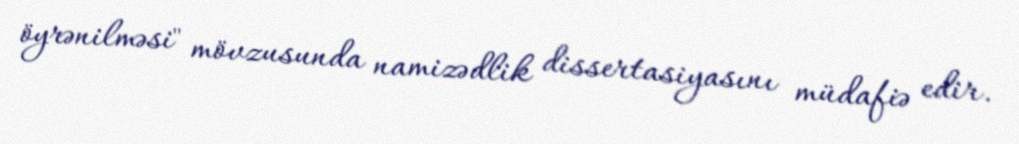
öyrənilməsi" mövzusunda namizədlik dissertasiyasını müdafiə edir.